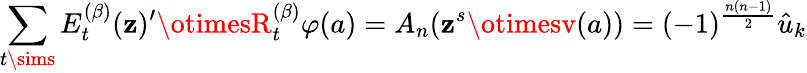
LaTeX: \sum_{t\sims}E_{t}^{(\beta)}(\mathbf{z})^{\prime}\otimesR_{t}^{(\beta)}\varphi(a)=A_{n}(\mathbf{z}^{s}\otimesv(a))=(-1)^{\frac{{n(n-1)}}{{2}}}\hat{{u}}_{k}